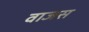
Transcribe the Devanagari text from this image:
वाजस